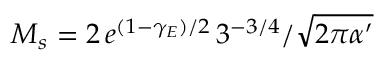
M _ { s } = { 2 \, e ^ { ( 1 - \gamma _ { E } ) / 2 } \, 3 ^ { - 3 / 4 } } / { \sqrt { 2 \pi \alpha ^ { \prime } } }